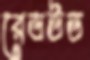
রেডউড